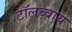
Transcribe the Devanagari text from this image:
टाॅलब्वाय